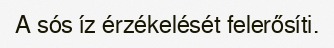
A sós íz érzékelését felerősíti.